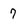
Character: 7